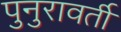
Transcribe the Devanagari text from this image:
पुनुरावर्ती